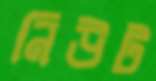
নিউট